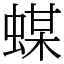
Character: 䗋